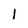
Character: I